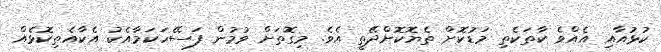
ކުޅުއާއި އެއްވެ ކާތަކެތި މަޑުކޮށް ތެޔޮކޮށްދޭތީ އެވެ. މިގޮތަށް ވުމުން ފަސޭހަކަމާއެކު އެކާއެތިކޮޅެއް